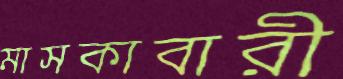
মাসকাবারী